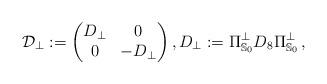
LaTeX: \begin{align*} {\cal D}_\bot := \begin{pmatrix} D_\bot & 0 \\0 & - D_\bot \end{pmatrix}, D_\bot := \Pi_{\mathbb S_0}^\bot D_8 \Pi_{\mathbb S_0}^\bot \, , \end{align*}